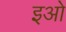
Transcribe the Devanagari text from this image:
इओ